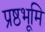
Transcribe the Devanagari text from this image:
प्रष्ठभूमि